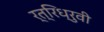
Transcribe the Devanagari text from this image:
र्त्रिध्रुवी